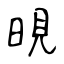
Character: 晛